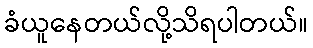
ခံယူနေတယ်လို့သိရပါတယ်။